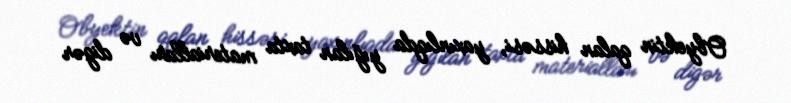
Obyektin qalan hissəsi, yaxınlıqda yığılan taxta materialları və digər